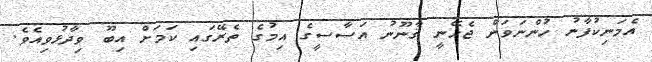
އެމަނިކުފާނު ހުންނަވަން ޖެހޭނީ ޤާނޫނު އަސާސީގެ އިމުގެ ތެރޭގައި ކަމަށް އިބޫ ވިދާޅުވިއެވެ.